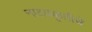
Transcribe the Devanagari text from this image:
नाटयकृतीचे